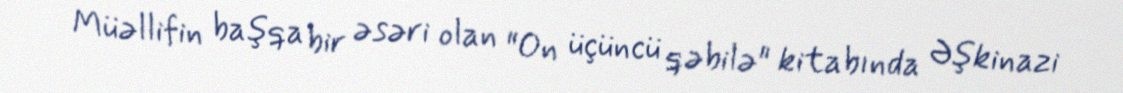
Müəllifin başqa bir əsəri olan "On üçüncü qəbilə" kitabında Əşkinazi